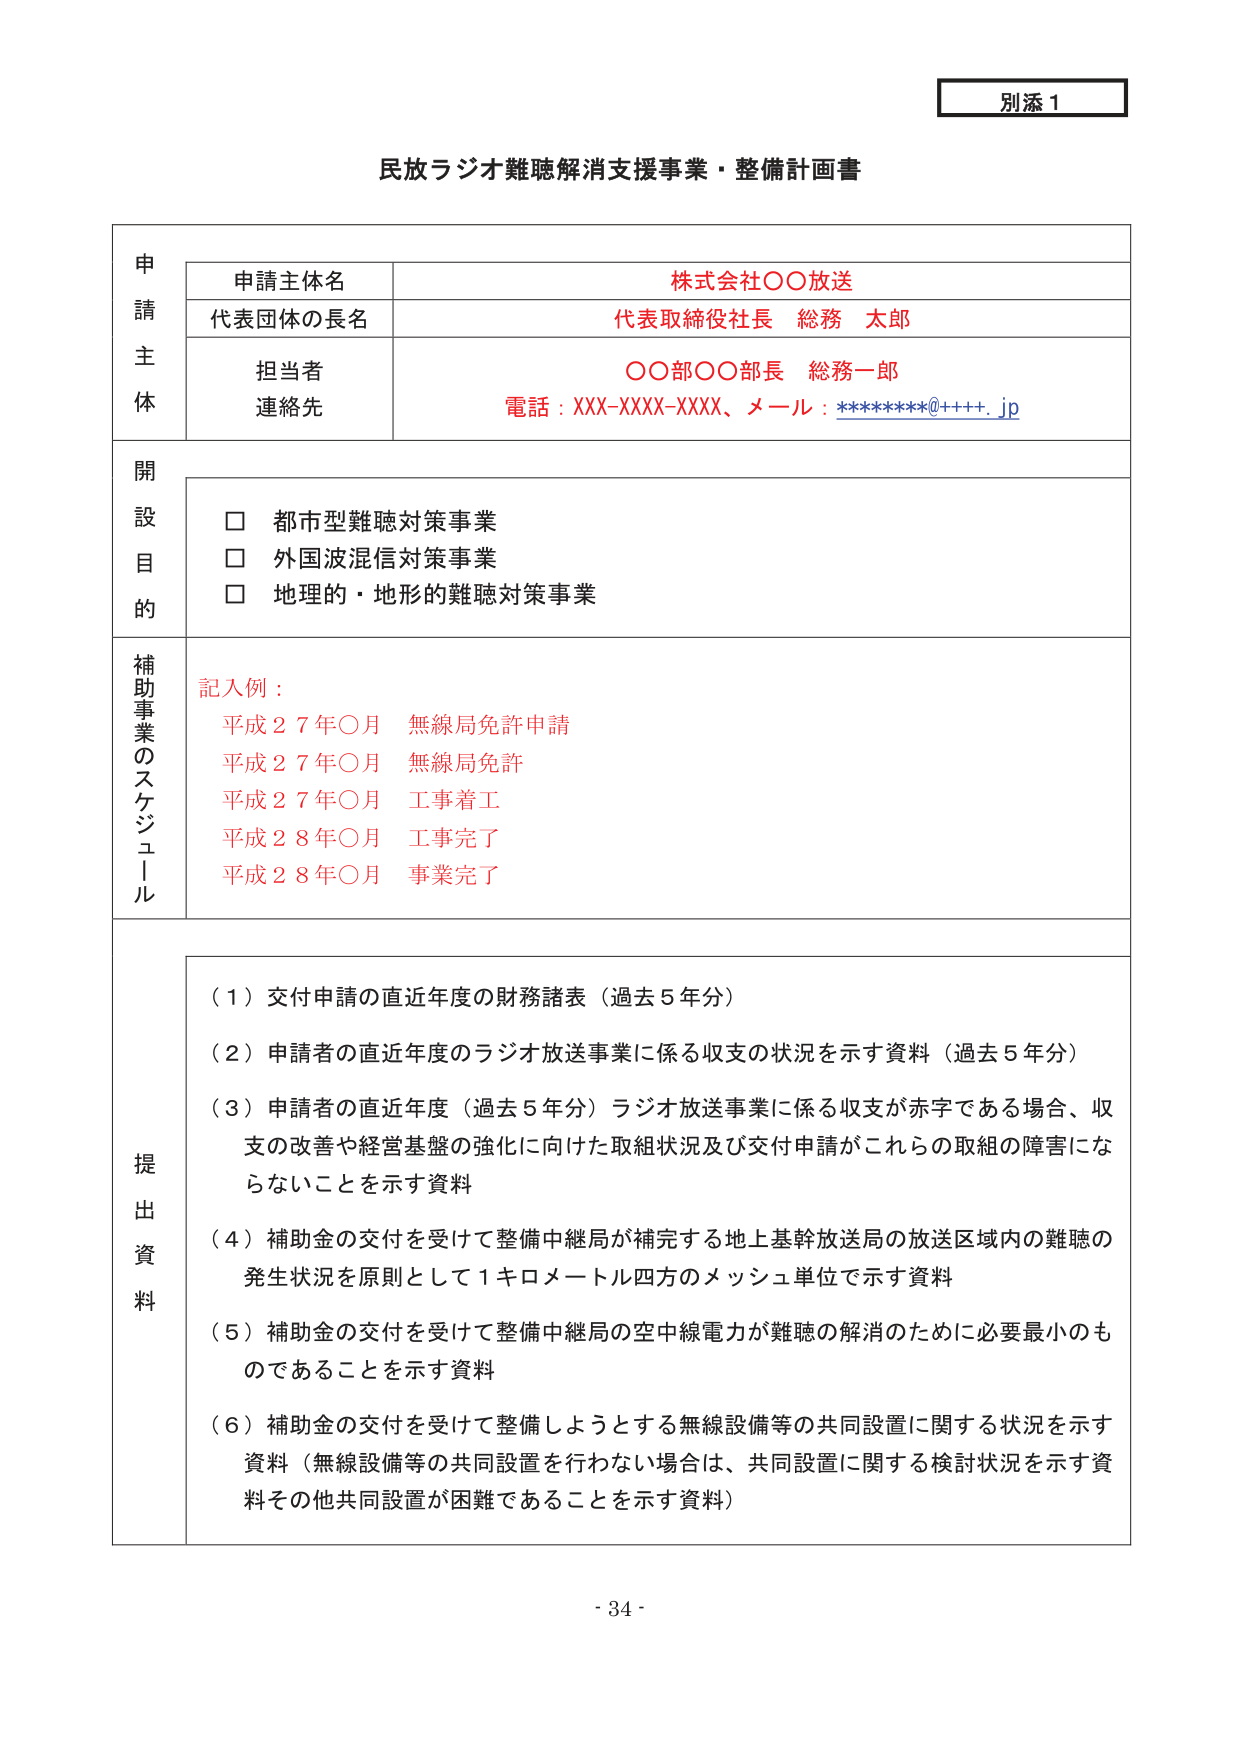
別添１

民放ラジオ難聴解消支援事業・整備計画書

申請主体
　申請主体名　　　　　　　　　　　　　　　株式会社○○放送
　代表団体の長名　　　　　　　　　　　　　代表取締役社長　総務　太郎
　担当者　　　　　　　　　　　　　　　　　○○部○○部長　総務一郎
　連絡先　　　　　　　　　　　　　　　　　電話：XXX-XXXX-XXXX、メール：********@++++.jp

開設目的
　□　都市型難聴対策事業
　□　外国波混信対策事業
　□　地理的・地形的難聴対策事業

補助事業のスケジュール
　記入例：
　　平成２７年○月　無線局免許申請
　　平成２７年○月　無線局免許
　　平成２７年○月　工事着工
　　平成２８年○月　工事完了
　　平成２８年○月　事業完了

提出資料
　（１）交付申請の直近年度の財務諸表（過去５年分）
　（２）申請者の直近年度のラジオ放送事業に係る収支の状況を示す資料（過去５年分）
　（３）申請者の直近年度（過去５年分）ラジオ放送事業に係る収支が赤字である場合、収支の改善や経営基盤の強化に向けた取組状況及び交付申請がこれらの取組の障害にならないことを示す資料
　（４）補助金の交付を受けて整備中継局が補完する地上基幹放送局の放送区域内の難聴の発生状況を原則として１キロメートル四方のメッシュ単位で示す資料
　（５）補助金の交付を受けて整備中継局の空中線電力が難聴の解消のために必要最小のものであることを示す資料
　（６）補助金の交付を受けて整備しようとする無線設備等の共同設置に関する状況を示す資料（無線設備等の共同設置を行わない場合は、共同設置に関する検討状況を示す資料その他共同設置が困難であることを示す資料）

- 34 -